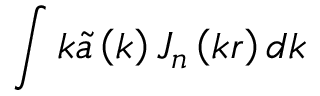
\int k \widetilde { a } \left( k \right) J _ { n } \left( k r \right) d k